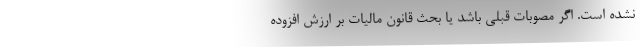
نشده است. اگر مصوبات قبلی باشد یا بحث قانون مالیات بر ارزش افزوده